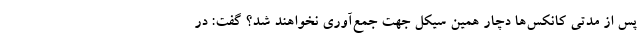
پس از مدتی کانکس‌ها دچار همین سیکل جهت جمع‌آوری نخواهند شد؟ گفت: در